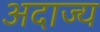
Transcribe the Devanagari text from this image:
अदाज्य